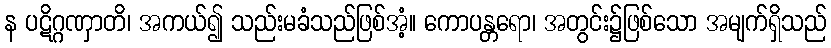
န ပဋိဂ္ဂဏှာတိ၊ အကယ်၍ သည်းမခံသည်ဖြစ်အံ့။ ကောပန္တရော၊ အတွင်း၌ဖြစ်သော အမျက်ရှိသည်